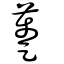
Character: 躉